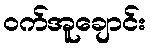
ဝက်အူချောင်း